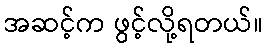
အဆင့်က ဖွင့်လို့ရတယ်။